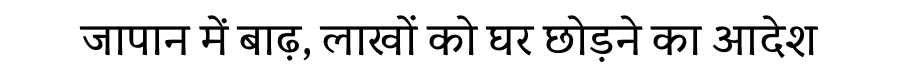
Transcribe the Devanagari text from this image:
जापान में बाढ़, लाखों को घर छोड़ने का आदेश